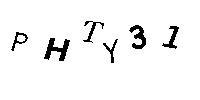
PHTY31